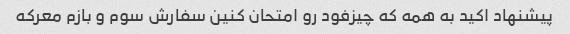
پیشنهاد اکید به همه که چیزفود رو امتحان کنین سفارش سوم و بازم معرکه